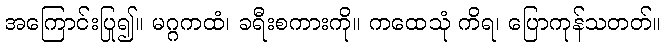
အကြောင်းပြု၍။ မဂ္ဂကထံ၊ ခရီးစကားကို။ ကထေသုံ ကိရ၊ ပြောကုန်သတတ်။